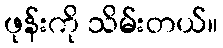
ဖုန်းကို သိမ်းတယ်။